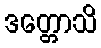
ဒတ္တောသိ